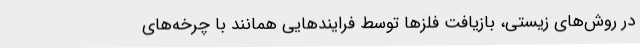
در روش‌های زیستی، بازیافت فلزها توسط فرایندهایی همانند با چرخه‌های